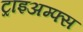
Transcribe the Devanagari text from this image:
ट्राइअम्फ्स